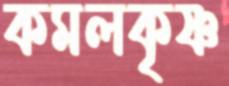
কমলকৃষ্ণ